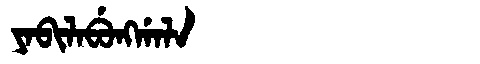
Manchu: ᠶᠠᠪᡳᠯᠠᠪᡠᠩᡤᠠᠯᠠ
Romanization: YABILABUNGGALA